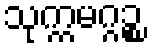
သုက္ကမဂ္ဂဉ္စ